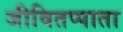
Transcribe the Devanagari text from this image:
जीवितप्पाता